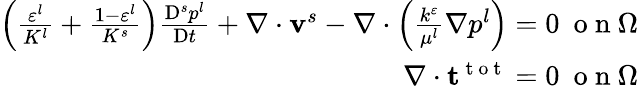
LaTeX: \begin{array}{r}{\left(\frac{\varepsilon^{l}}{K^{l}}+\frac{1-\varepsilon^{l}}{K^{s}}\right)\frac{\mathrm{D}^{s}p^{l}}{\mathrm{D}t}+\nabla\cdot\mathbf{v}^{s}-\nabla\cdot\left(\frac{k^{\varepsilon}}{\mu^{l}}\mathbf{\nabla}p^{l}\right)=0~\mathrm{~o~n~}\Omega}\\ {\mathbf{\nabla}\cdot\mathbf{t}^{\mathrm{~t~o~t~}}=0~\mathrm{~o~n~}\Omega}\end{array}